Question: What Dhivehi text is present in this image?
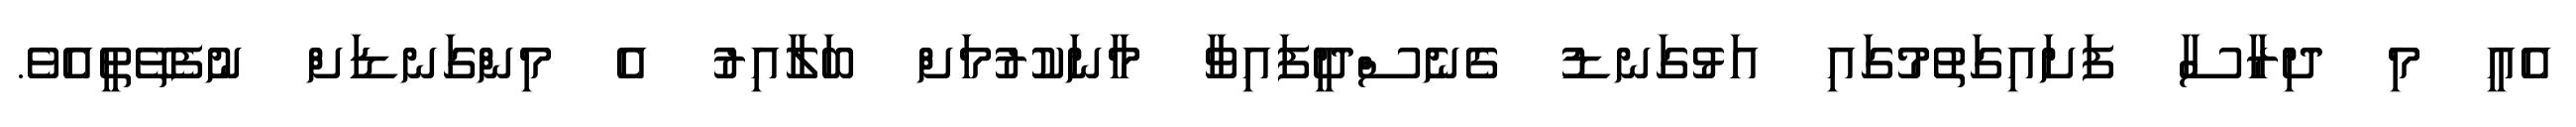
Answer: އެއީ މި ދިރާސާ ފަށައިގަތުމުގައި އަޅުގަނޑު ގެނެސްދީފައިވާ މާނަކުރުމަށް ބަލާއިރު އެ މިންގަނޑަށް ނުފެތޭތީއެވެ.